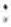
: